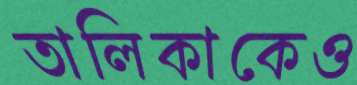
তালিকাকেও